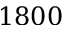
1 8 0 0